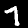
Digit: 7